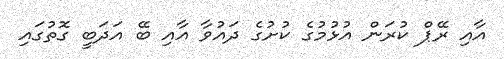
އާއި ރޭޕް ކުރަން އުޅުމުގެ ކުށުގެ ދައުވާ އާއި ބޭ އަދަބީ ގޮތުގައި